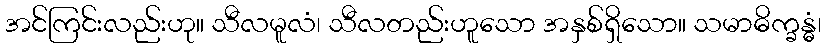
အင်ကြင်းလည်းဟု။ သီလမူလံ၊ သီလတည်းဟူသော အနှစ်ရှိသော။ သမာဓိက္ခန္ဓံ၊